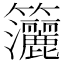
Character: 𥸗